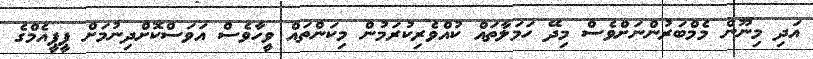
އަދި މިނޫން މެމްބަރުންނަށްވެސް މިދޭ ހަމަލާތައް ކުއްވެރިކުރަމުން މިކަންތައް ވީހާވެސް އަވަސްކޮށްދިނުމަށް ޕީޕީއެމްގެ